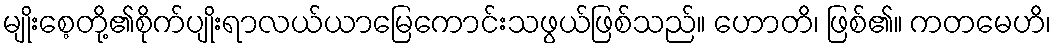
မျိုးစေ့တို့၏စိုက်ပျိုးရာလယ်ယာမြေကောင်းသဖွယ်ဖြစ်သည်။ ဟောတိ၊ ဖြစ်၏။ ကတမေဟိ၊